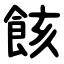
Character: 䬵